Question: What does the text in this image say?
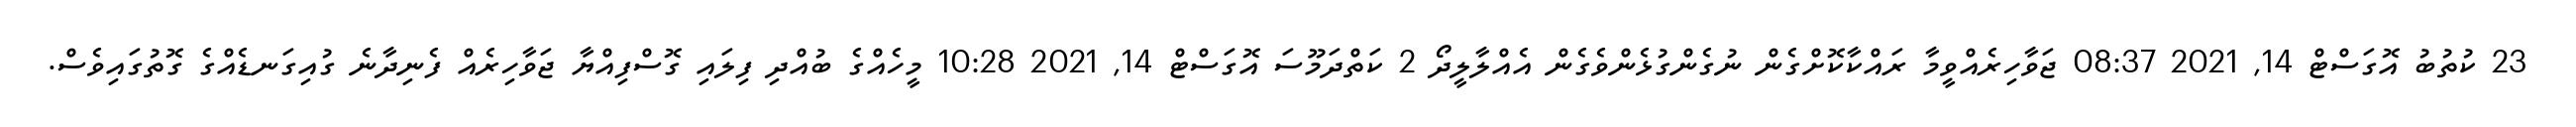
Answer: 23 ކުތުބު އޮގަސްޓް 14, 2021 08:37 ޖަވާހިރެއްވީމާ ރައްކާކޮށްގެން ނުގެންގުޅެންވެގެން އެއްލާލީދޯ 2 ކަތްދަމޫސަ އޮގަސްޓް 14, 2021 10:28 މީހެއްގެ ބުއްދި ފިލައި ގޮސްފިއްޔާ ޖަވާހިރެއް ފެނިދާނެ ގުއިގަނޑެއްގެ ގޮތުގައިވެސް.